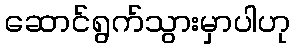
ဆောင်ရွက်သွားမှာပါဟု